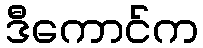
ဒီကောင်က